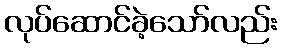
လုပ်ဆောင်ခဲ့သော်လည်း